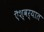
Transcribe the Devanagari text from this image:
ऎश्वर्यात